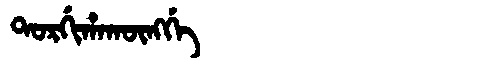
Manchu: ᡨᠣᡵᡤᡳᡥᠠᡴᡡᠩᡤᡝ
Romanization: TORGIHAKŪNGGE